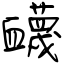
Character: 衊